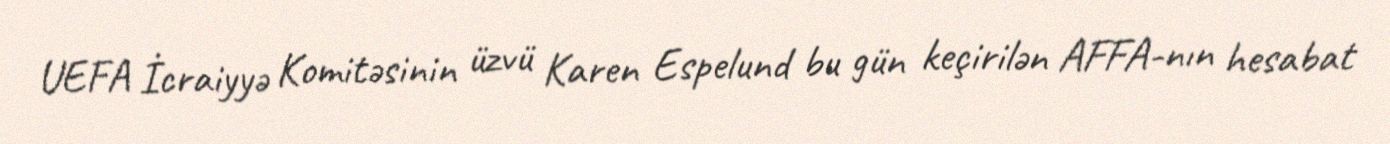
UEFA İcraiyyə Komitəsinin üzvü Karen Espelund bu gün keçirilən AFFA-nın hesabat